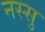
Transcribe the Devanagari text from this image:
नस्सु